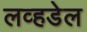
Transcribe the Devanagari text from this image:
लव्हडेल